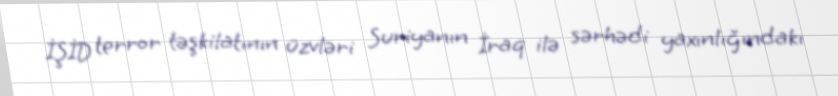
İŞİD terror təşkilatının üzvləri Suriyanın İraq ilə sərhədi yaxınlığındakı